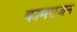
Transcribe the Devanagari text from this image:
कामराजन